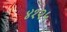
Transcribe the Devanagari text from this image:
४१२५